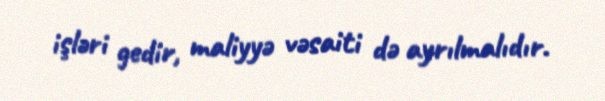
işləri gedir, maliyyə vəsaiti də ayrılmalıdır.